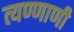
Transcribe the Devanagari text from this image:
त्यण्णाणी